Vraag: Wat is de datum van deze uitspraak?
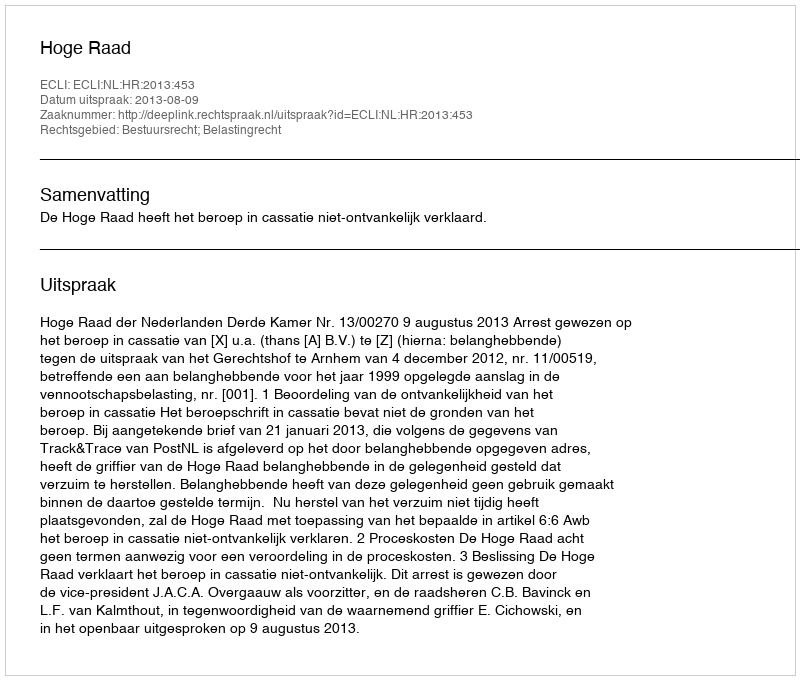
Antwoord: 2013-08-09